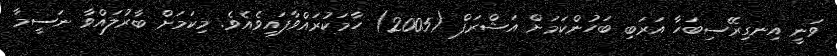
ވަނީ އިނގިރޭސިބަހާ އަރަބި ބަހުންކަމަށް އަޝްރަފް (2005) ހާމަކުރައްވާފައިވެއެވެ. މިކަމަށް ބާރުލައްވާ ނަސީމާ